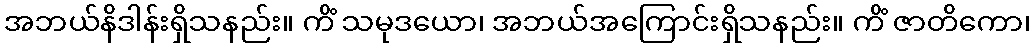
အဘယ်နိဒါန်းရှိသနည်း။ ကိံ သမုဒယော၊ အဘယ်အကြောင်းရှိသနည်း။ ကိံ ဇာတိကော၊